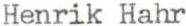
Henrik Hahr